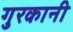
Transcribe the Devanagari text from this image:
गुरकानी